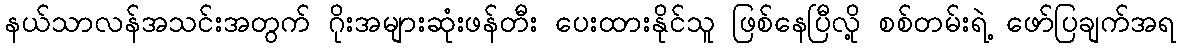
နယ်သာလန်အသင်းအတွက် ဂိုးအများဆုံးဖန်တီး ပေးထားနိုင်သူ ဖြစ်နေပြီလို့ စစ်တမ်းရဲ့ ဖော်ပြချက်အရ